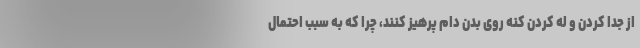
از جدا کردن و له کردن کنه روی بدن دام پرهیز کنند، چرا که به سبب احتمال